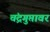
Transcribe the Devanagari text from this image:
चंद्रगुप्तावर